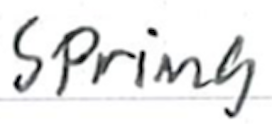
Text: Spring
Cross-out: clean
Writing tool: ballpoint